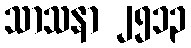
သာသနာ ၂၅၁၃